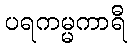
ပရကမ္မကာရီ